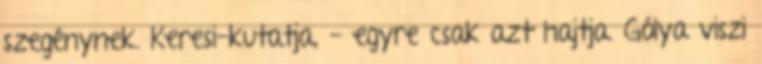
szegénynek. Keresi-kutatja, - egyre csak azt hajtja. Gólya viszi